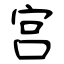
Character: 宫